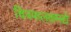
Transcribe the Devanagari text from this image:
चित्रफलकमद्ये